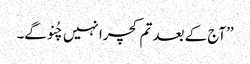
’’آج کے بعد تم کچرا نہیں چُنو گے۔